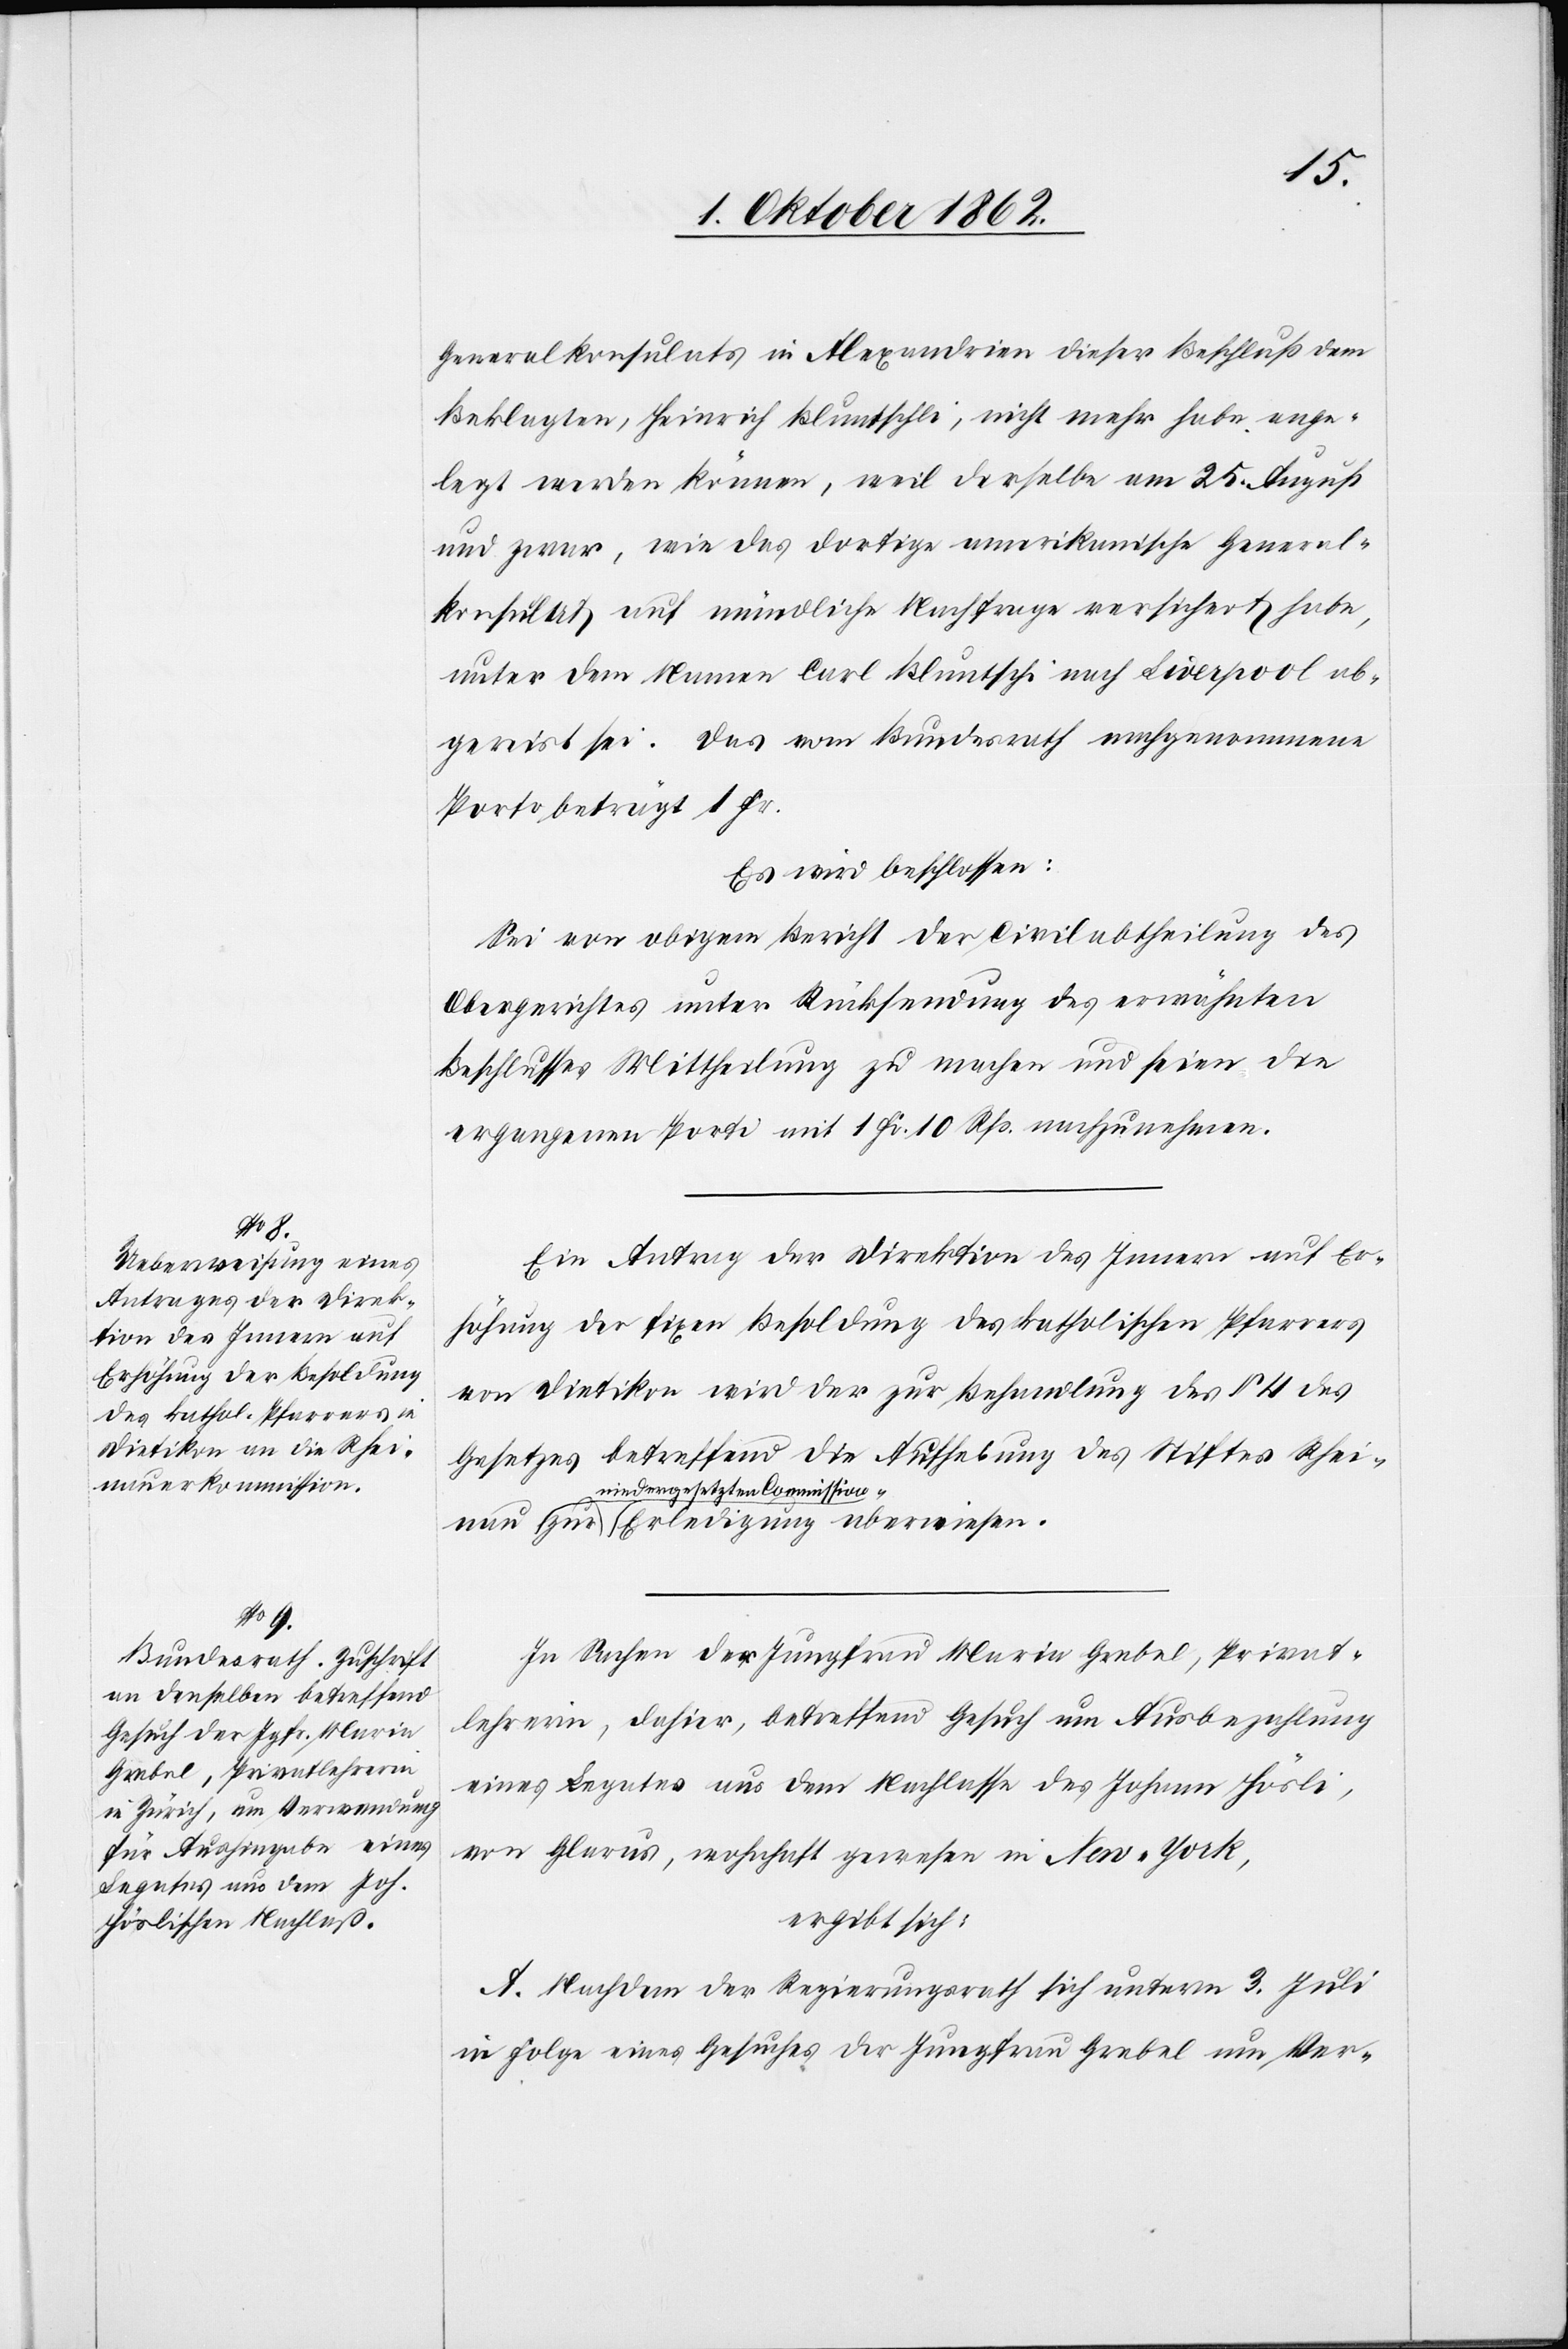
nau
Generalkonsulats in Alexandrien dieser Beschluß dem
Beklagten, Heinrich Bluntschli, nicht mehr habe ange¬
legt werden können, weil derselbe am 25. August
und zwar, wie das dortige amerikanische General¬
konsulat auf mündliche Nachfrage versichert habe,
unter dem Namen Carl Bluntschi nach Liverpool ab¬
gereist sei. Das vom Bundesrath nachgenommene
Porto beträgt 1 Fr.
Es wird beschlossen:
Sei vom obigen Bericht der Civilabtheilung des
Obergerichtes unter Rücksendung des erwähnten
Beschlusses Mittheilung zu machen und seien die
ergangenen Porto mit 1 Fr. 10 Rp. nachzunehmen.
Ein Antrag der Direktion des Innern auf Er¬
höhung der fixen Besoldung des katholischen Pfarrers
von Dietikon wird der zur Behandlung des §. 4 des
Gesetzes betreffend die Aufhebung des Stiftes Rhei¬
niedergesetzten Commissio¬
n zur Erledigung überwiesen.
In Sachen der Jungfrau Maria Grebel, Privat¬
lehrerin, dahier, betreffend Gesuch um Ausbezahlung
eines Legates aus dem Nachlasse des Johann Hösli,
von Glarus, wohnhaft gewesen in New-York,
ergibt sich:
A. Nachdem der Regierungsrath sich unterm 3. Juli
in Folge eines Gesuches der Jungfrau Grebel um Ver-